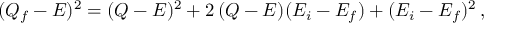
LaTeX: ( Q _ { f } - E ) ^ { 2 } = ( Q - E ) ^ { 2 } + 2 \, ( Q - E ) ( E _ { i } - E _ { f } ) + ( E _ { i } - E _ { f } ) ^ { 2 } \, ,